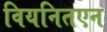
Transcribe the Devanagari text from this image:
वियनितएन